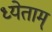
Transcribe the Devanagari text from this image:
ध्येताम्